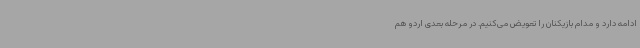
ادامه دارد و مدام بازیکنان را تعویض می‌کنیم. در مرحله بعدی اردو هم